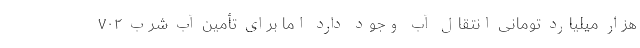
هزار میلیارد تومانی انتقال آب وجود دارد اما برای تأمین آب شرب ۷۰۲